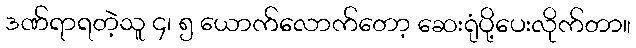
ဒဏ်ရာရတဲ့သူ ၄၊ ၅ ယောက်လောက်တော့ ဆေးရုံပို့ပေးလိုက်တာ။